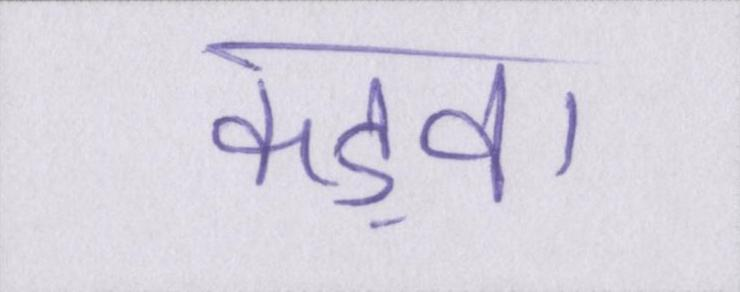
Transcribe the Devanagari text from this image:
कड़वा